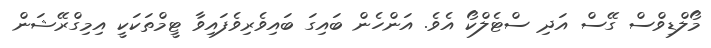
މޯލްޑިވްސް ގޭސް އަދި ސްޓެލްކޯ އެވެ. އަންހެން ބައިގަ ބައިވެރިވެފައިވާ ޓީމްތަކަކީ އިމިގްރޭޝަން